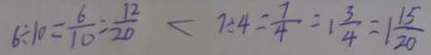
6 \div 1 0 = \frac { 6 } { 1 0 } = \frac { 1 2 } { 2 0 } < 7 \div 4 = \frac { 7 } { 4 } = 1 \frac { 3 } { 4 } = 1 \frac { 1 5 } { 2 0 }